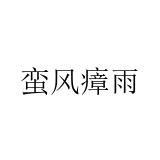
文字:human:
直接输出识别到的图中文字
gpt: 蛮风瘴雨